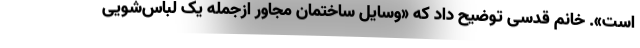
است». خانم قدسی توضیح داد که «وسایل ساختمان مجاور ازجمله یک لباس‌شویی